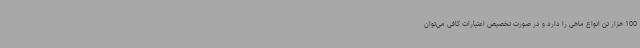
100 هزار تن انواع ماهی را دارد و در صورت تخصیص اعتبارات کافی می‌توان